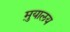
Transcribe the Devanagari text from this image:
मु़यालय